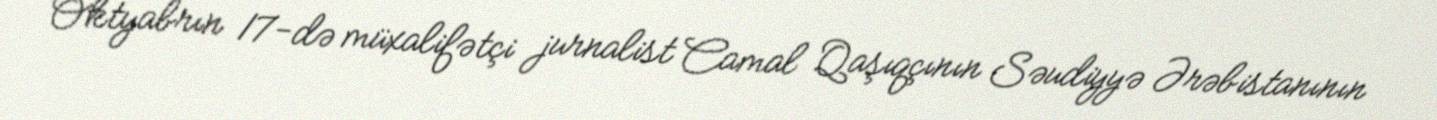
Oktyabrın 17-də müxalifətçi jurnalist Camal Qaşıqçının Səudiyyə Ərəbistanının